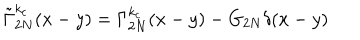
LaTeX: \tilde { \Gamma } _ { 2 N } ^ { k _ { c } } ( x - y ) = \Gamma _ { 2 N } ^ { k _ { c } } ( x - y ) - G _ { 2 N } \delta ( x - y )